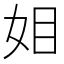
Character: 𭑰